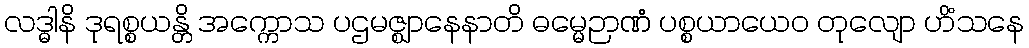
လဒ္ဓါနိ ဒုရစ္စယန္တိ အက္ကောသ ပဌမဇ္ဈာနေနာတိ ဓမ္မေဉာဏံ ပစ္စယာယေဝ တုလျော ဟိံသနေ